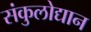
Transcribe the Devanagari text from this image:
संकुलोद्यान